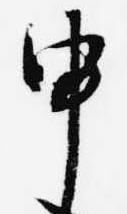
申